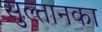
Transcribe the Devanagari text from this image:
सुल्तानका